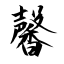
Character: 馨